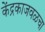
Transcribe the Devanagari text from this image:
केंद्रकाजवळचा